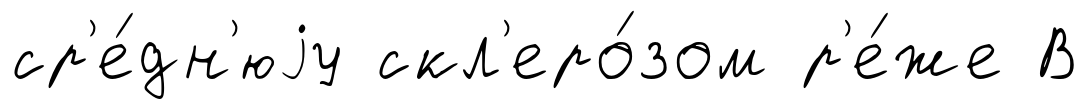
ср'е́дн'юjу скл'еро́зом р'е́же В